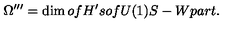
\Omega ^ { \prime \prime \prime } = \dim o f H ^ { \prime } s o f U ( 1 ) S - W p a r t .